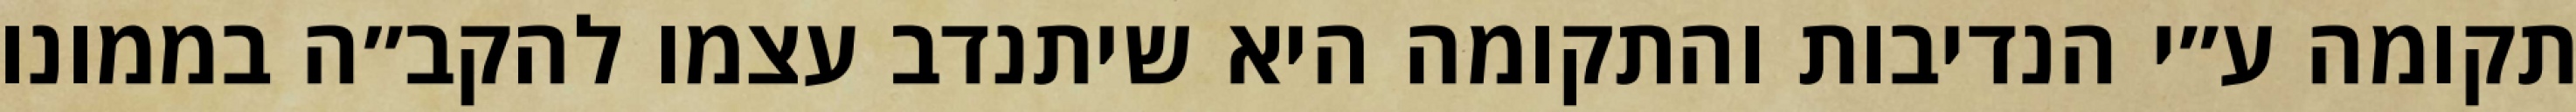
תקומה ע״י הנדיבות והתקומה היא שיתנדב עצמו להקב״ה בממונו